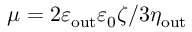
\mu = 2 \varepsilon _ { \mathrm { o u t } } \varepsilon _ { 0 } \zeta / 3 \eta _ { \mathrm { o u t } }